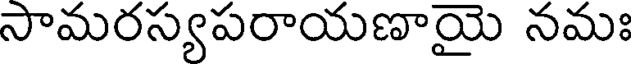
సామరస్యపరాయణాయై నమః